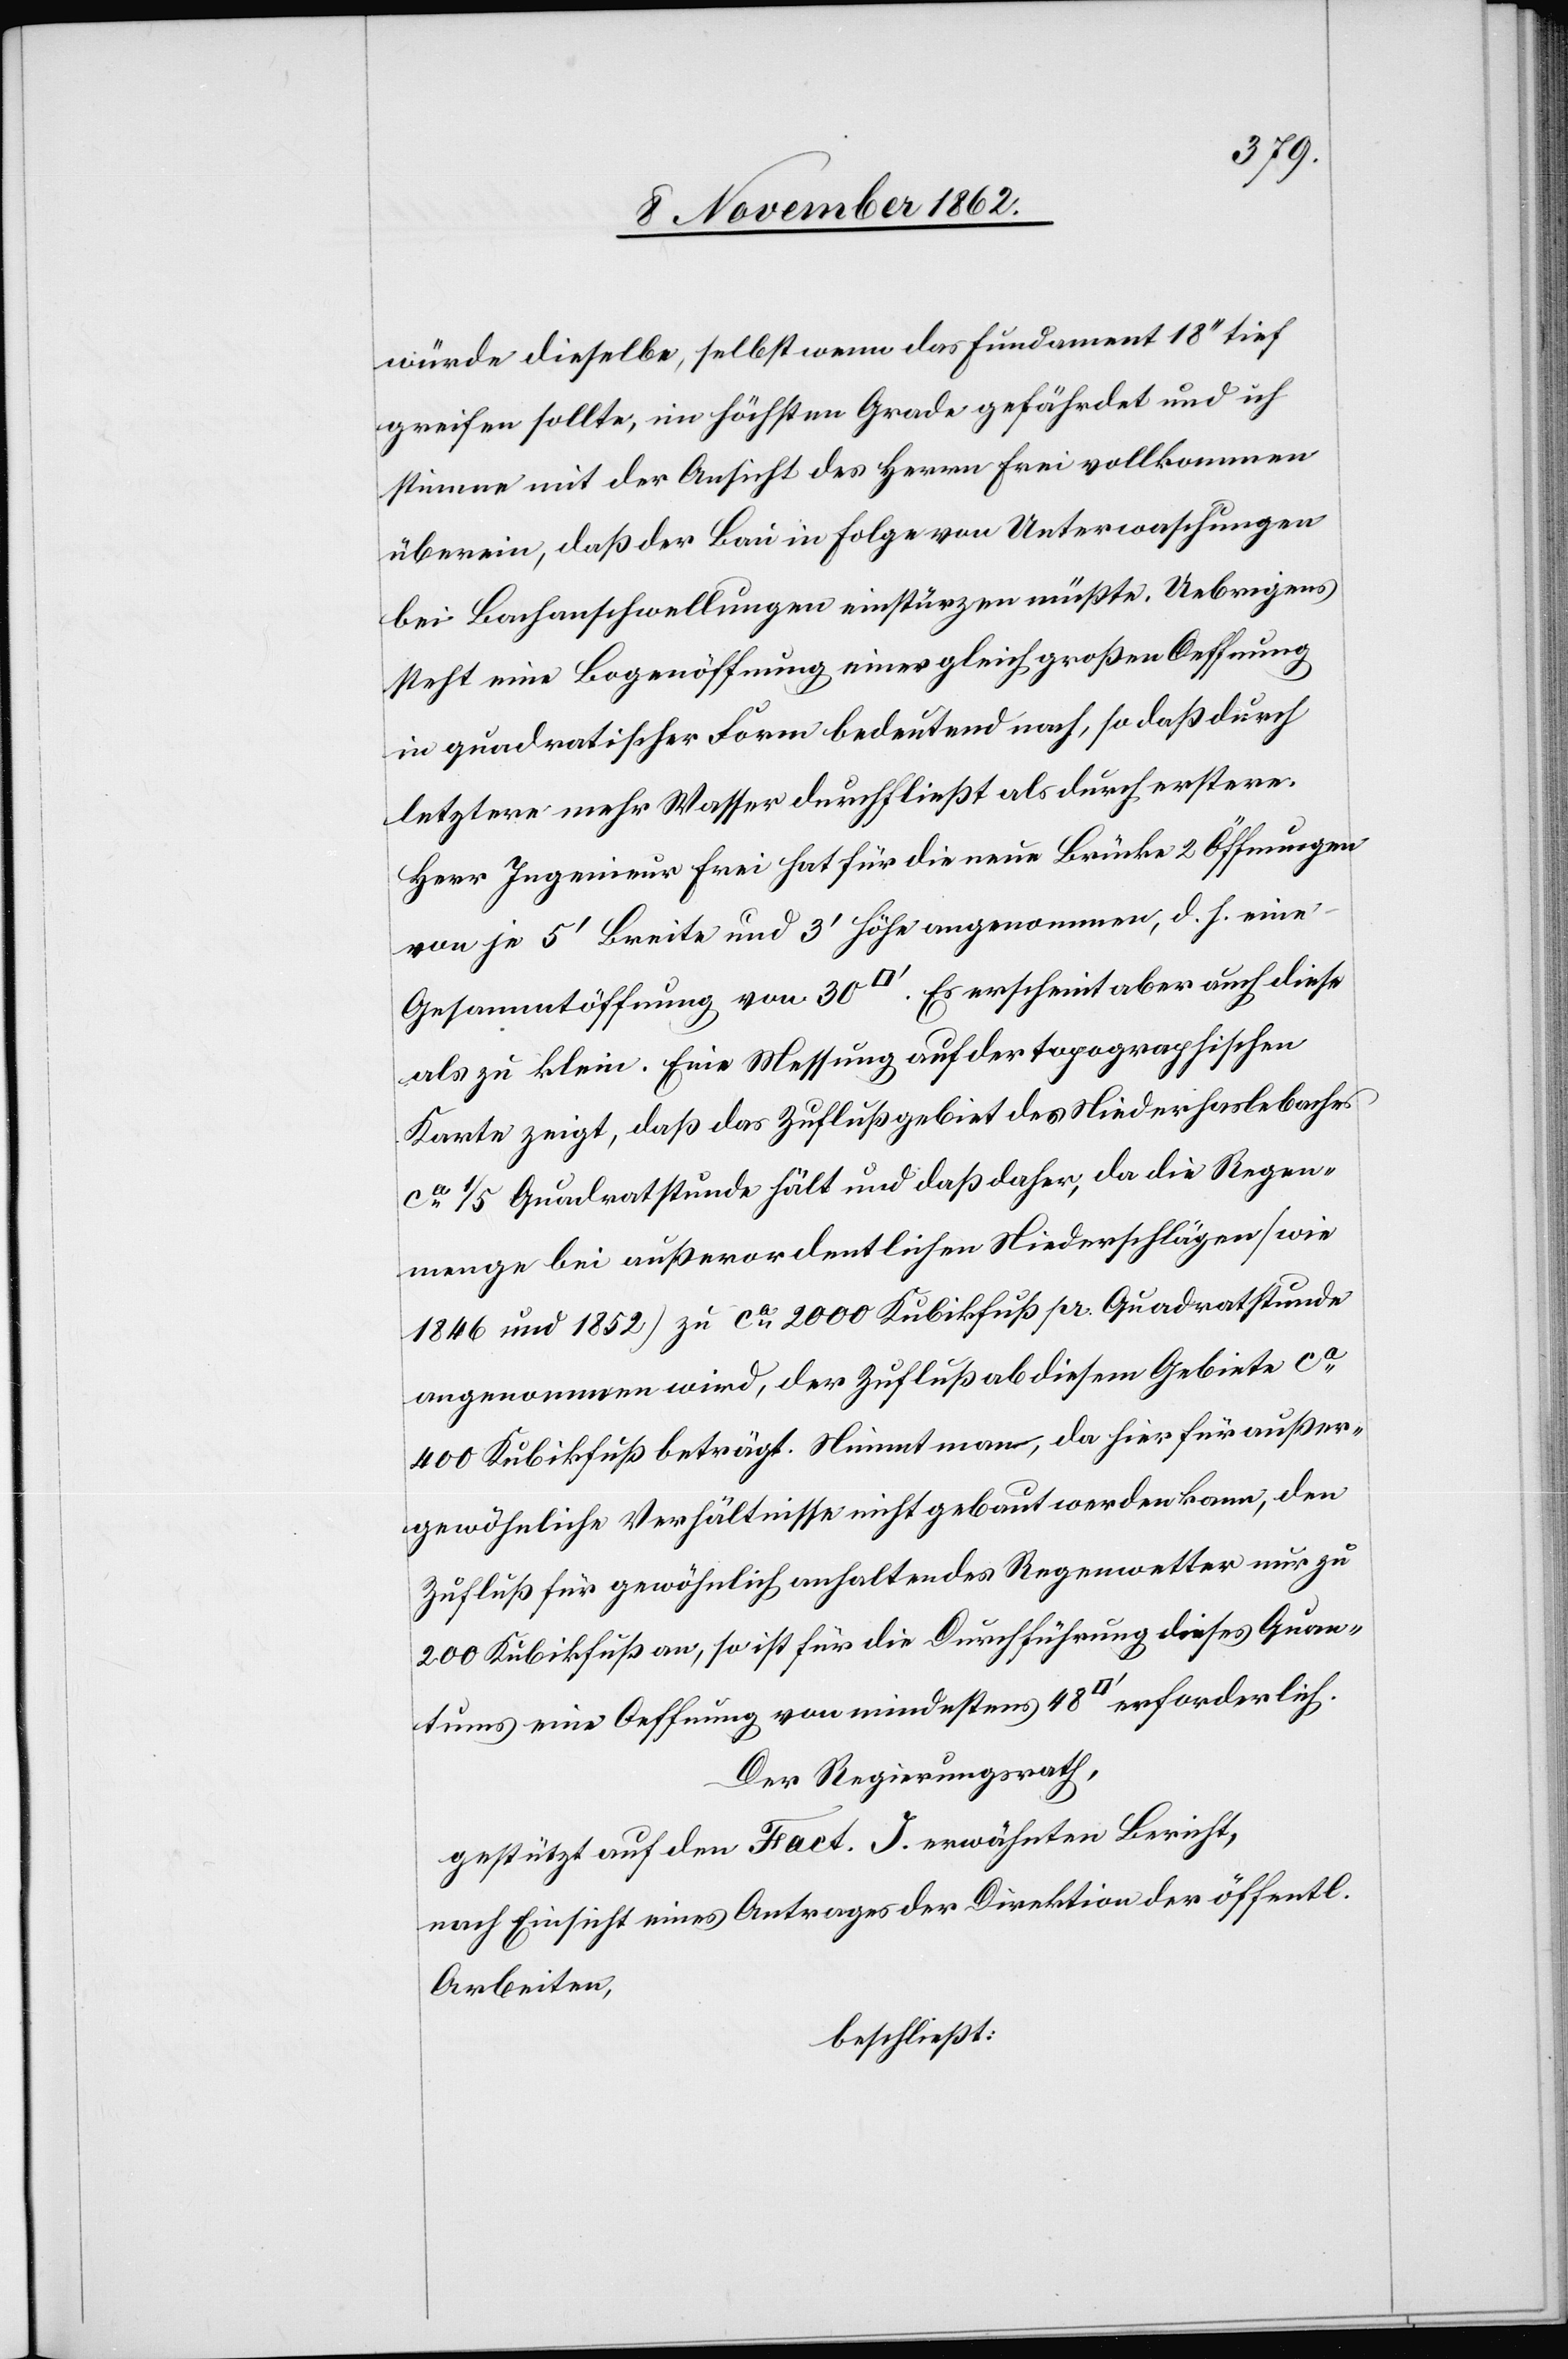
würde dieselbe, selbst wenn das Fundament 18’’ tief
greifen sollte, im höchsten Grade gefährdet und ich
stimme mit der Ansicht des Herrn Frei vollkommen
überein, daß der Bau in Folge von Unterwaschungen
bei Bachanschwellungen einstürzen müßte. Uebrigens
steht eine Bogenöffnung einer gleich großen Oeffnung
in quadratischer Form bedeutend nach, so daß durch
letztere mehr Wasser durchfließt als durch erstere.
Herr Ingenieur Frei hat für die neue Brücke 2 Öffnungen
von je 5’ Breite und 3’ Höhe angenommen, d. h. eine
Gesammtöffnung von 30 [Quadratfuß]. Es erscheint aber auch diese
als zu klein. Eine Messung auf der topographischen
Karte zeigt, daß das Zuflußgebiet des Niederhaslebaches
ca 1/5 Quadratstunde hält und daß daher, da die Regen¬
menge bei außerordentlichen Niederschlägen (wie
1846 und 1852) zu ca 2000 Kubikfuß pr. Quadratstunde
angenommen wird, der Zufluß ab diesem Gebiete ca
400 Kubikfuß beträgt. Nimmt man, da hier für außer¬
gewöhnliche Verhältnisse nicht gebaut werden kann, den
Zufluß für gewöhnlich anhaltendes Regenwetter nur zu
200 Kubikfuß an, so ist für die Durchführung dieses Quan¬
tums eine Oeffnung von mindestens 48 [Quadratfuß] erforderlich.
Der Regierungsrath,
gestützt auf den Fact. J erwähnten Bericht,
nach Einsicht eines Antrages der Direktion der öffentl.
Arbeiten,
beschließt: